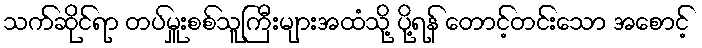
သက်ဆိုင်ရာ တပ်မှူးစစ်သူကြီးများအထံသို့ ပို့ရန် တောင့်တင်းသော အစောင့်